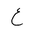
Letter: _ayn